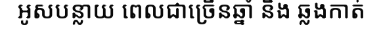
អូសបន្លាយ ពេលជាច្រើនឆ្នាំ និង ឆ្លងកាត់